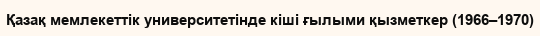
Қазақ мемлекеттік университетінде кіші ғылыми қызметкер (1966–1970)